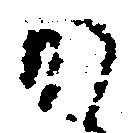
か